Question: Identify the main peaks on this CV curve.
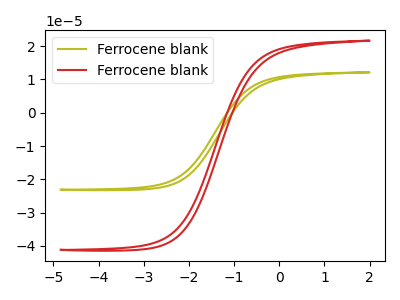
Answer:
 <answer>The olive curve "Ferrocene blank1" has no peaks. The red curve "Ferrocene blank2" has no peaks.</answer>
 <eval></eval>